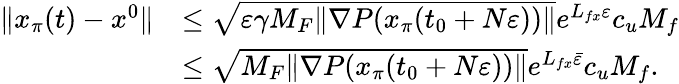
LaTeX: \begin{array}{rl}{\| x_{\pi}(t)-x^{0}\| }&{\le\sqrt{\varepsilon\gamma{M_{F}}\| \nabla P(x_{\pi}(t_{0}+N\varepsilon))\| }e^{L_{fx}\varepsilon}c_{u}M_{f}}\\ &{\le\sqrt{{M_{F}}\| \nabla P(x_{\pi}(t_{0}+N\varepsilon))\| }e^{L_{fx}\bar{\varepsilon}}c_{u}M_{f}.}\end{array}